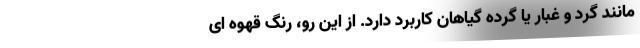
مانند گرد و غبار یا گرده گیاهان کاربرد دارد. از این رو، رنگ قهوه ای